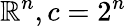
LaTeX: \mathbb{R}^{n},c=2^{n}